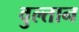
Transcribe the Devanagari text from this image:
वुल्तान